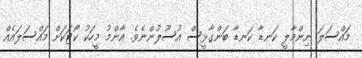
މައްސަލަ ނިންމާލީ ކަނޑާ ކަނޑާ ބަންގާޅީސް އުސޫލުންނެވެ. އާންމު މީހަކު ކޯޓަކަށް މައްސަލައެއް